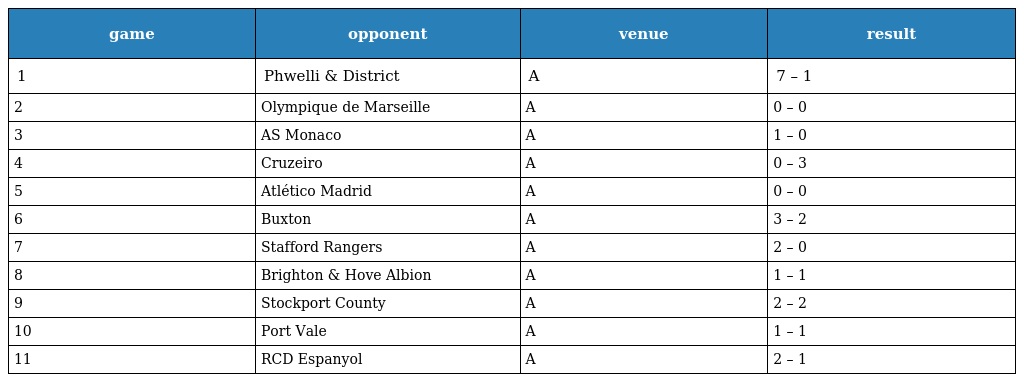
| game | opponent | venue | result |
 | --- | --- | --- | --- |
 | 1 | Phwelli & District | A | 7 – 1 |
 | 2 | Olympique de Marseille | A | 0 – 0 |
 | 3 | AS Monaco | A | 1 – 0 |
 | 4 | Cruzeiro | A | 0 – 3 |
 | 5 | Atlético Madrid | A | 0 – 0 |
 | 6 | Buxton | A | 3 – 2 |
 | 7 | Stafford Rangers | A | 2 – 0 |
 | 8 | Brighton & Hove Albion | A | 1 – 1 |
 | 9 | Stockport County | A | 2 – 2 |
 | 10 | Port Vale | A | 1 – 1 |
 | 11 | RCD Espanyol | A | 2 – 1 |